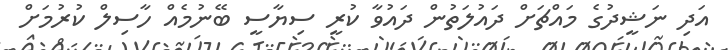
އަދި ނަޝީދުގެ މައްޗަށް ދައުލަތުން ދައުވާ ކުރީ ސިޔާސީ ބޭނުމެއް ހާސިލް ކުރުމަށް